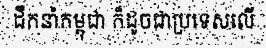
ដឹកនាំកម្ពុជា ក៏ដូចជាប្រទេសលើ